Medical and sanitary report on the native army of Bombay for the year
Year: 1877
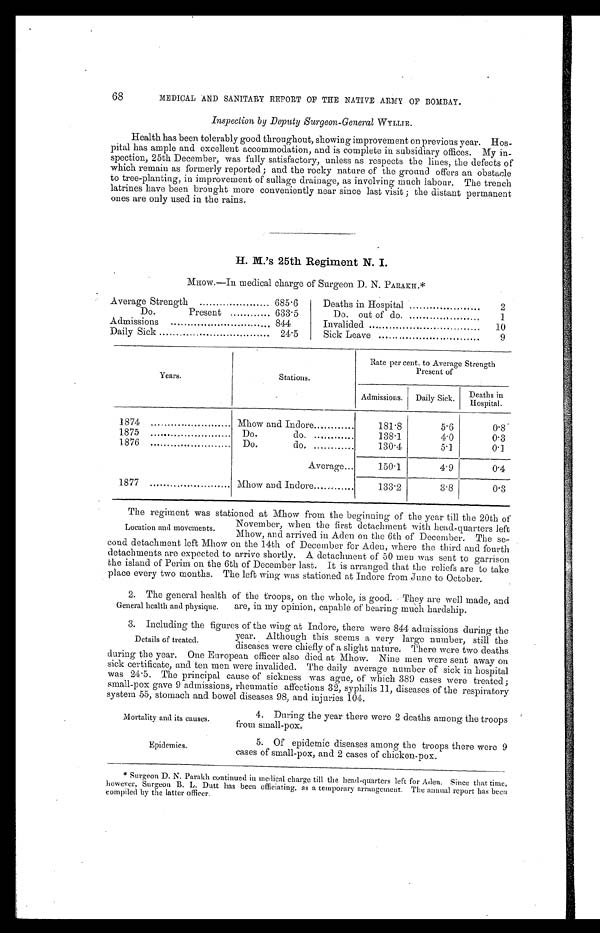
68
MEDICAL AND SANITARY REPORT OF THE NATIVE ARMY OF BOMBAY.
Inspection by Deputy Surgeon-General WYLLIE.
Health has been tolerably good throughout, showing improvement on previous year. Hos-
pital has ample and excellent accommodation, and is complete in subsidiary offices. My in-
spection, 25th December, was fully satisfactory, unless as respects the lines, the defects of
which remain as formerly reported ; and the rocky nature of the ground offers an obstacle
to tree-planting, in improvement of sullage drainage, as involving much labour. The trench
latrines have been brought more conveniently near since last visit ; the distant permanent
ones are only used in the rains.
H. M.'s 25th Regiment N. I.
MHOW.—In medical charge of Surgeon D. N. PARAKH.*
Average Strength
685.6
Deaths in Hospital
2
Do.
Present
633.5
Do. out of do
1
Admissions
844
Invalided
10
Daily Sick
24.5
Sick Leave
9
Years.
Stations.
Rate per cent. to Average Strength
Present of
Admissions.
Daily Sick.
D e a t h s i n
H o s p i t a l .
1874
Mhow and Indore
181.8
5.6
0.8
1875 .....
Do.
do.
138.1
4.0
0.3
1876
Do. do.
130.4
5.1
0 . 1
Average
150.1
4.9
0.4
1877
Mhow and Indore
133.2
3.8
0.3
Location and movements.
The regiment was stationed at Mhow from the beginning of the year till the 20th of
November, when the first detachment with head-quarters left
Mhow, and arrived in Aden on the 6th of December. The se-
cond detachment left Mhow on the 14th of December for Aden, where the third and fourth
detachments are expected to arrive shortly. A. detachment of 50 men was sent to garrison
the island of Perim on the 6th of December last. It is arranged that the reliefs are to take
place every two months. The left wing was stationed at Indore from June to October.
General health and physique.
2. The general health of the troops, on the whole, is good. They are well made, and
are, in my opinion, capable of bearing much hardship.
Details of treated.
3. Including the figures of the wing at Indore, there were 844 admissions during the
year. Although this seems a very large number, still the
diseases were chiefly of a slight nature. There were two deaths
during the year. One European officer also died at Mhow. Nine men were sent away on
sick certificate, and ten men were invalided. The daily average number of sick in hospital
was 24.5. The principal cause of sickness was ague, of which 389 cases were treated ;
small-pox gave 9 admissions, rheumatic affections 32, syphilis 11, diseases of the respiratory
system 55, stomach and bowel diseases 98, and injuries 104.
Mortality and its causes.
4. During the year there were 2 deaths among the troops
from small-pox
.
Epidemics.
5. Of epidemic diseases among the troops there were 9
cases of small-pox, and 2 cases of chicken-pox.
* Surgeon D. N. Parakh continued in medical charge till the head-quarters left for Aden. Since that time,
however, Surgeon B. L. Dutt has been officiating, as a temporary arrangement. The annual report has been
compiled by the latter officer.